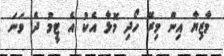
މާޒިޔާ އިން މިރޭ ހޯދި މޮޅާ އެކު އެ ޓީމު ދެ ވަނަ